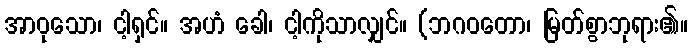
အာဝုသော၊ ငါ့ရှင်။ အဟံ ခေါ၊ ငါ့ကိုသာလျှင်။ (ဘဂဝတော၊ မြတ်စွာဘုရား၏။